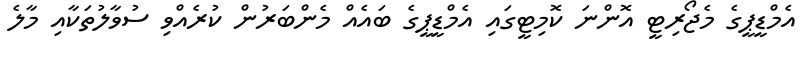
އެމްޑީޕީގެ މެޖޯރިޓީ އޮންނަ ކޮމިޓީގައި އެމްޑީޕީގެ ބައެއް މެންބަރުން ކުރެއްވި ސުވާލުތަކާއި މާލެ